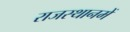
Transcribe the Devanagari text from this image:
राजस्थानमें